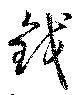
鈛